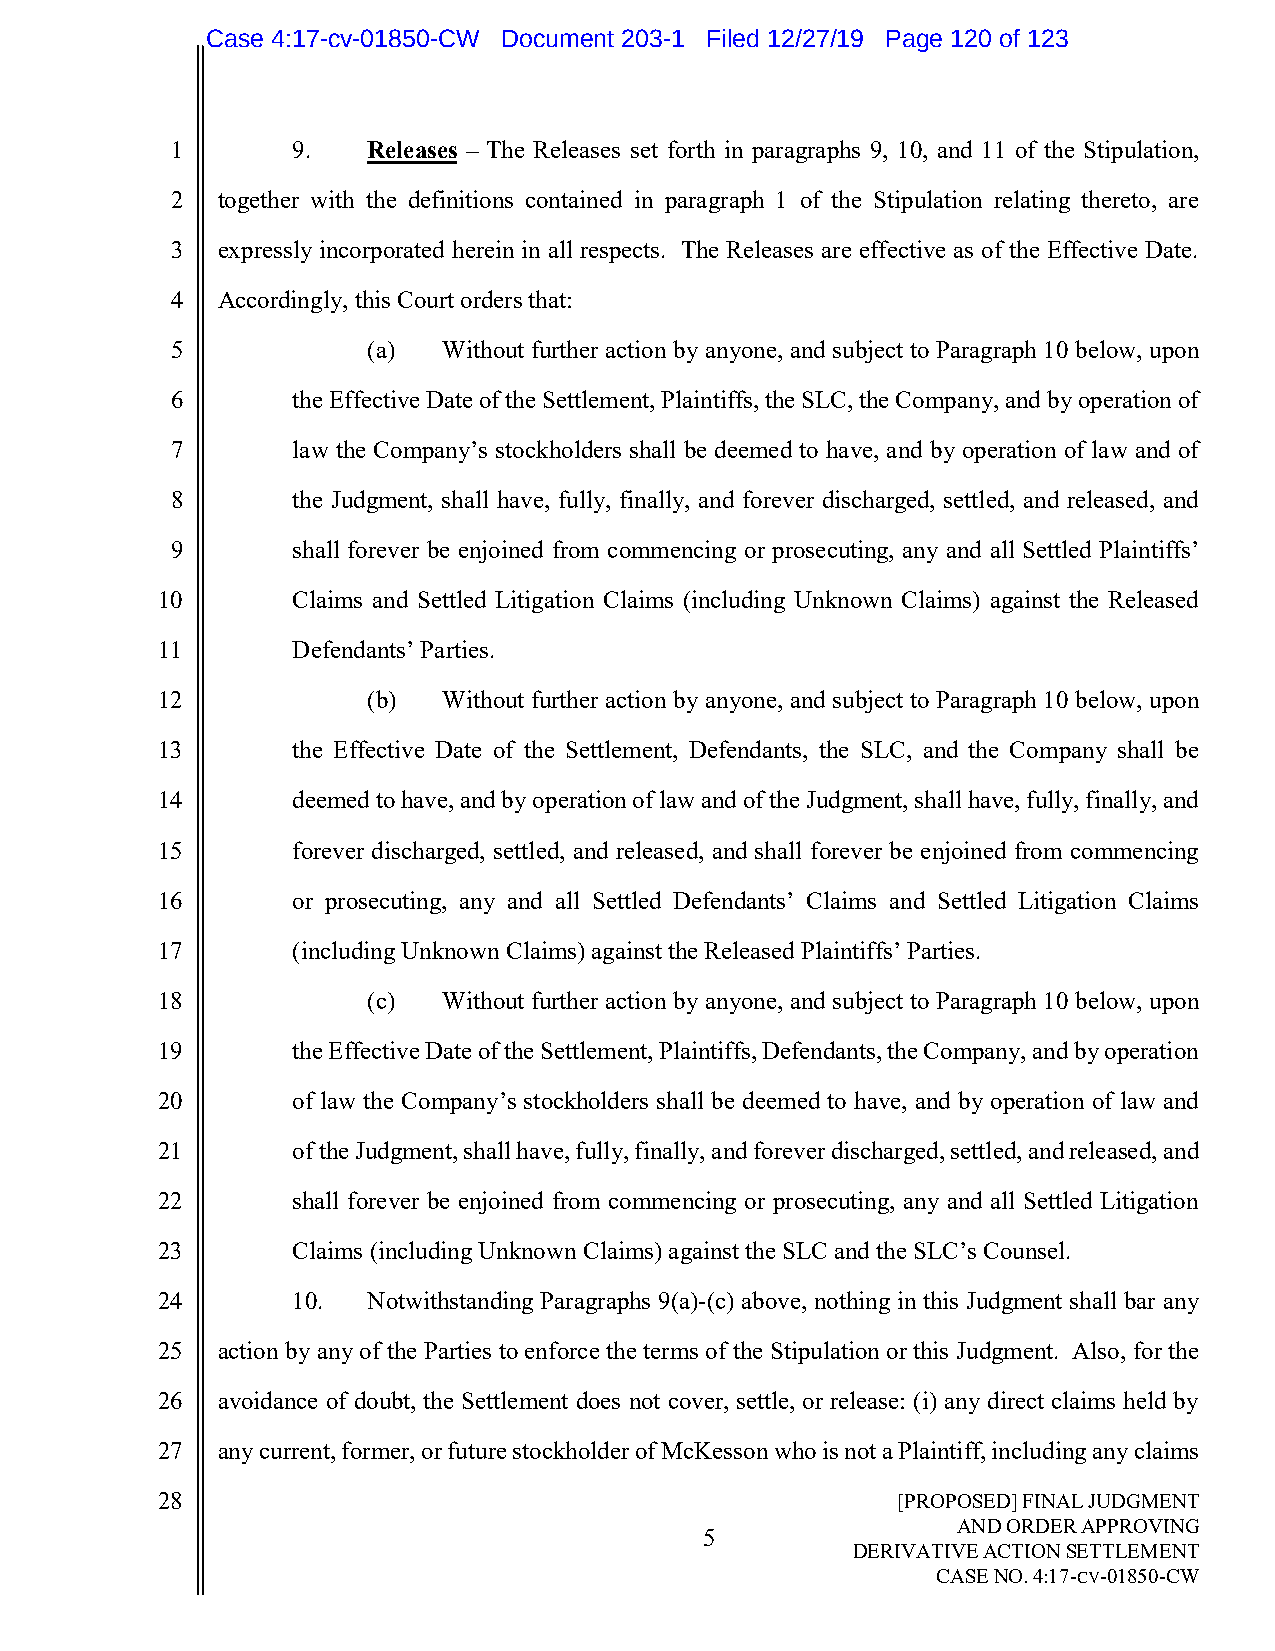
Case 4:17-cv-01850-CW Document 203-1 Filed 12/27/19 Page 120 of 123
 1       9.   Releases – The Releases set forth in paragraphs 9, 10, and 11 of the Stipulation,
 2  together with the definitions contained in paragraph 1 of the Stipulation relating thereto, are
 3  expressly incorporated herein in all respects. The Releases are effective as of the Effective Date.
 4  Accordingly, this Court orders that:
 5            (a)  Without further action by anyone, and subject to Paragraph 10 below, upon
 6       the Effective Date of the Settlement, Plaintiffs, the SLC, the Company, and by operation of
 7       law the Company’s stockholders shall be deemed to have, and by operation of law and of
 8       the Judgment, shall have, fully, finally, and forever discharged, settled, and released, and
 9       shall forever be enjoined from commencing or prosecuting, any and all Settled Plaintiffs’
 10       Claims and Settled Litigation Claims (including Unknown Claims) against the Released
 11       Defendants’ Parties.
 12            (b)  Without further action by anyone, and subject to Paragraph 10 below, upon
 13       the Effective Date of the Settlement, Defendants, the SLC, and the Company shall be
 14       deemed to have, and by operation of law and of the Judgment, shall have, fully, finally, and
 15       forever discharged, settled, and released, and shall forever be enjoined from commencing
 16       or prosecuting, any and all Settled Defendants’ Claims and Settled Litigation Claims
 17       (including Unknown Claims) against the Released Plaintiffs’ Parties.
 18            (c)  Without further action by anyone, and subject to Paragraph 10 below, upon
 19       the Effective Date of the Settlement, Plaintiffs, Defendants, the Company, and by operation
 20       of law the Company’s stockholders shall be deemed to have, and by operation of law and
 21       of the Judgment, shall have, fully, finally, and forever discharged, settled, and released, and
 22       shall forever be enjoined from commencing or prosecuting, any and all Settled Litigation
 23       Claims (including Unknown Claims) against the SLC and the SLC’s Counsel.
 24       10.  Notwithstanding Paragraphs 9(a)-(c) above, nothing in this Judgment shall bar any
 25  action by any of the Parties to enforce the terms of the Stipulation or this Judgment. Also, for the
 26  avoidance of doubt, the Settlement does not cover, settle, or release: (i) any direct claims held by
 27  any current, former, or future stockholder of McKesson who is not a Plaintiff, including any claims
 28                                               [PROPOSED] FINAL JUDGMENT
 5
 AND ORDER APPROVING
 DERIVATIVE ACTION SETTLEMENT
 CASE NO. 4:17-CV-01850-CW